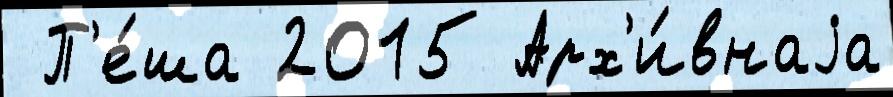
 П'е́ша 2015 Арх'и́внаjа